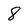
Character: 8